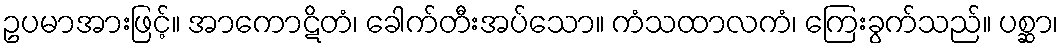
ဥပမာအားဖြင့်။ အာကောဋိတံ၊ ခေါက်တီးအပ်သော။ ကံသထာလကံ၊ ကြေးခွက်သည်။ ပစ္ဆာ၊